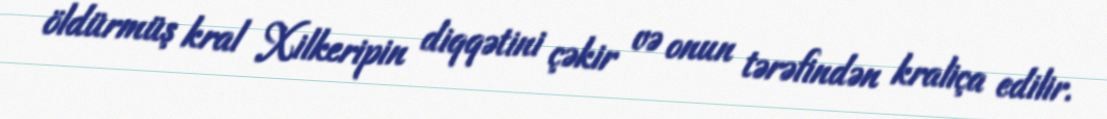
öldürmüş kral Xilkeripin diqqətini çəkir və onun tərəfindən kraliça edilir.